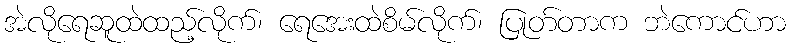
အဲလိုရေဆူထဲထည့်လိုက်၊ ရေအေးထဲစိမ်လိုက်၊ ပြုတ်တာက ဘဲကောင်ဟာ